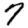
Digit: 7